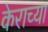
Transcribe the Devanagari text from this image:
केराच्या